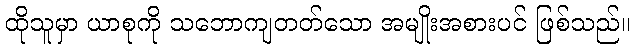
ထိုသူမှာ ယာစုကို သဘောကျတတ်သော အမျိုးအစားပင် ဖြစ်သည်။